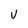
Character: v